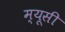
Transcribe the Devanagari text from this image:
म्यूसी